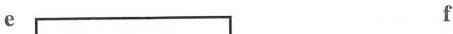
e f